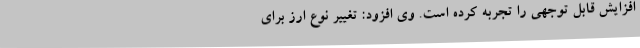
افزایش قابل توجهی را تجربه کرده است. وی افزود: تغییر نوع ارز برای